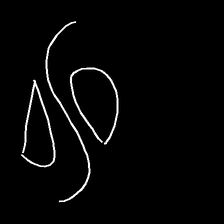
Glyph: water